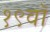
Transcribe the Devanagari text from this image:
१९वॉ